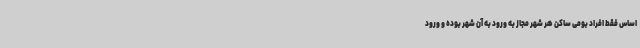
اساس فقط افراد بومی ساکن هر شهر مجاز به ورود به آن شهر بوده و ورود